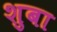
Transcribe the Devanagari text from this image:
शुबा